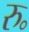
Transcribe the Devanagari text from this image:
रु॰